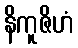
နိကူဇိဟံ